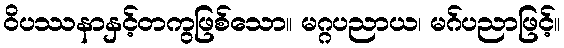
ဝိပဿနာနှင့်တကွဖြစ်သော။ မဂ္ဂပညာယ၊ မဂ်ပညာဖြင့်။